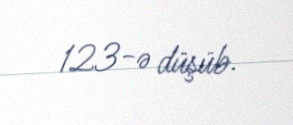
123-ə düşüb.